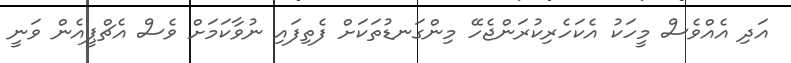
އަދި އެއްވެސް މީހަކު އެކަހެރިކުރަންޖެހޭ މިންގަނޑުތަކަށް ފެތިފައި ނުވާކަމަށް ވެސް އެޗްޕީއެން ވަނީ